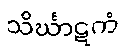
သိင်္ဃာဋကံ